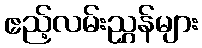
ဧည့်လမ်းညွှန်များ